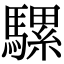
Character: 騾